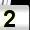
Digit: 2